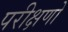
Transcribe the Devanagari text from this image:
परीक्षणो